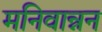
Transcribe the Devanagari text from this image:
मनिवान्नन